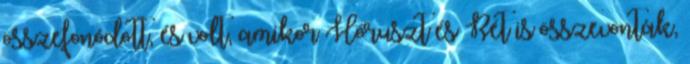
összefonódott, és volt, amikor Hóruszt és Rét is összevonták,